Problem: 12 + 39 = ?
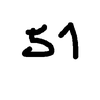
Handwritten answer: 51